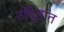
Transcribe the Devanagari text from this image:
उद्दिष्टांत